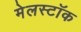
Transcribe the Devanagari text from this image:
मेलस्टॉक